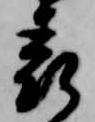
表